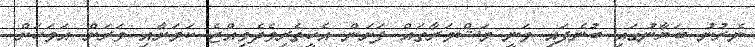
ނެރުނު ބަޔާނުގައި ބުނެފައި ވަނީ މަޝްވަރާތައް ފަށަން އެހީތެރިވެދެވިއްޖެ ކަމަށާއި ވަރަށް އަވަހަށް